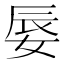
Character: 𡝌